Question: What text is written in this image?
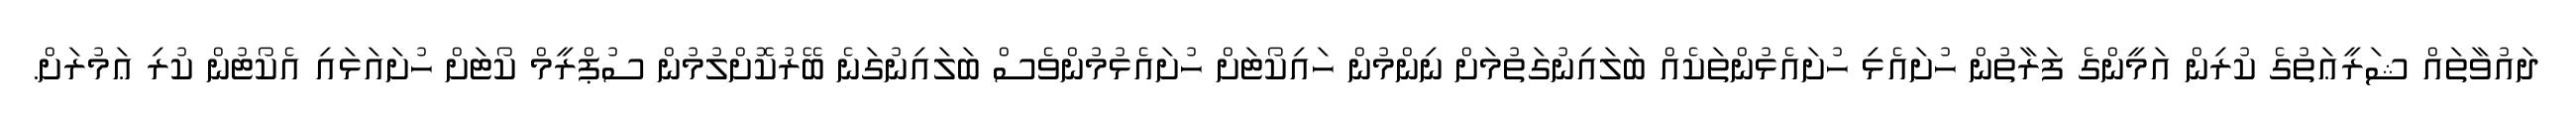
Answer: ދައުވާތައް ޝަރީޢަތުގެ ކުރިން އަމީންގެ ފަރާތުން ހުށައެޅި ހުށައެޅުންތަކެއް ބަލައިނުގަތުމަށް ނިންމުން ހައިކޯޓަށް ހުށައެޅުމުންވެސް ބަލައިނުގަނެ ބޭރުކޮށްލުމުން ސުޕްރީމް ކޯޓަށް ހުށައަޅައި އެކޯޓުން ކުރި ޢަމުރަށް.